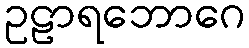
ဥဠာရဘောဂေ